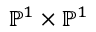
\mathbb { P } ^ { 1 } \times \mathbb { P } ^ { 1 }